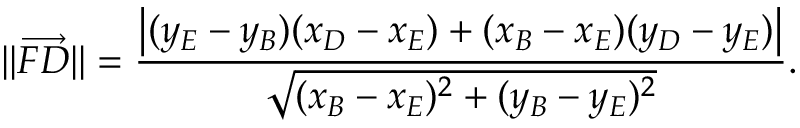
\| \overrightarrow { F D } \| = \frac { \left| ( y _ { E } - y _ { B } ) ( x _ { D } - x _ { E } ) + ( x _ { B } - x _ { E } ) ( y _ { D } - y _ { E } ) \right| } { \sqrt { ( x _ { B } - x _ { E } ) ^ { 2 } + ( y _ { B } - y _ { E } ) ^ { 2 } } } .